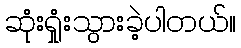
ဆုံးရှုံးသွားခဲ့ပါတယ်။